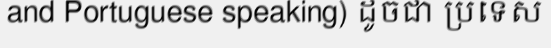
and Portuguese speaking) ដូចជា ប្រទេស